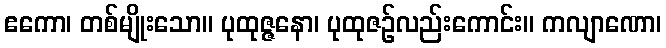
ဧကော၊ တစ်မျိုးသော။ ပုထုဇ္ဇနော၊ ပုထုဇဉ်လည်းကောင်း။ ကလျာဏော၊